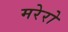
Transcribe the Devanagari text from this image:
मरेरो